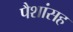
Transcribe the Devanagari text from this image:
पैशांसह